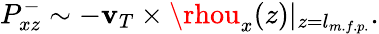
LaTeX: P_{xz}^{-}\sim-\mathbf{v}_{T}\times\rhou_{x}(z)|_{z=l_{m.f.p.}}.